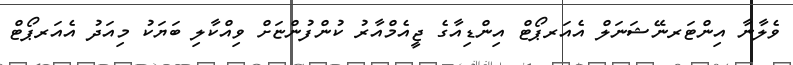
ވެލާނާ އިންޓަރނޭޝަނަލް އެއަރޕޯޓް އިންޑިއާގެ ޖީއެމްއާރު ކުންފުންޏަށް ވިއްކާލި ބަޔަކު މިއަދު އެއަރޕޯޓް